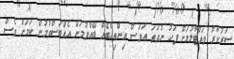
ސަރުކާރު ވައްޓާލުމަށް ފަހު ނުވަތަ އަވަސް އިންތިހާބެއް ބޭއްވުމަށް އެއްބަސްވުމުން ކަމަށް ވެސް